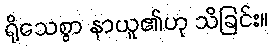
ရိုသေစွာ နာယူ၏ဟု သိခြင်း။